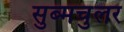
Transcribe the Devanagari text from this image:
सुब्मचुलर